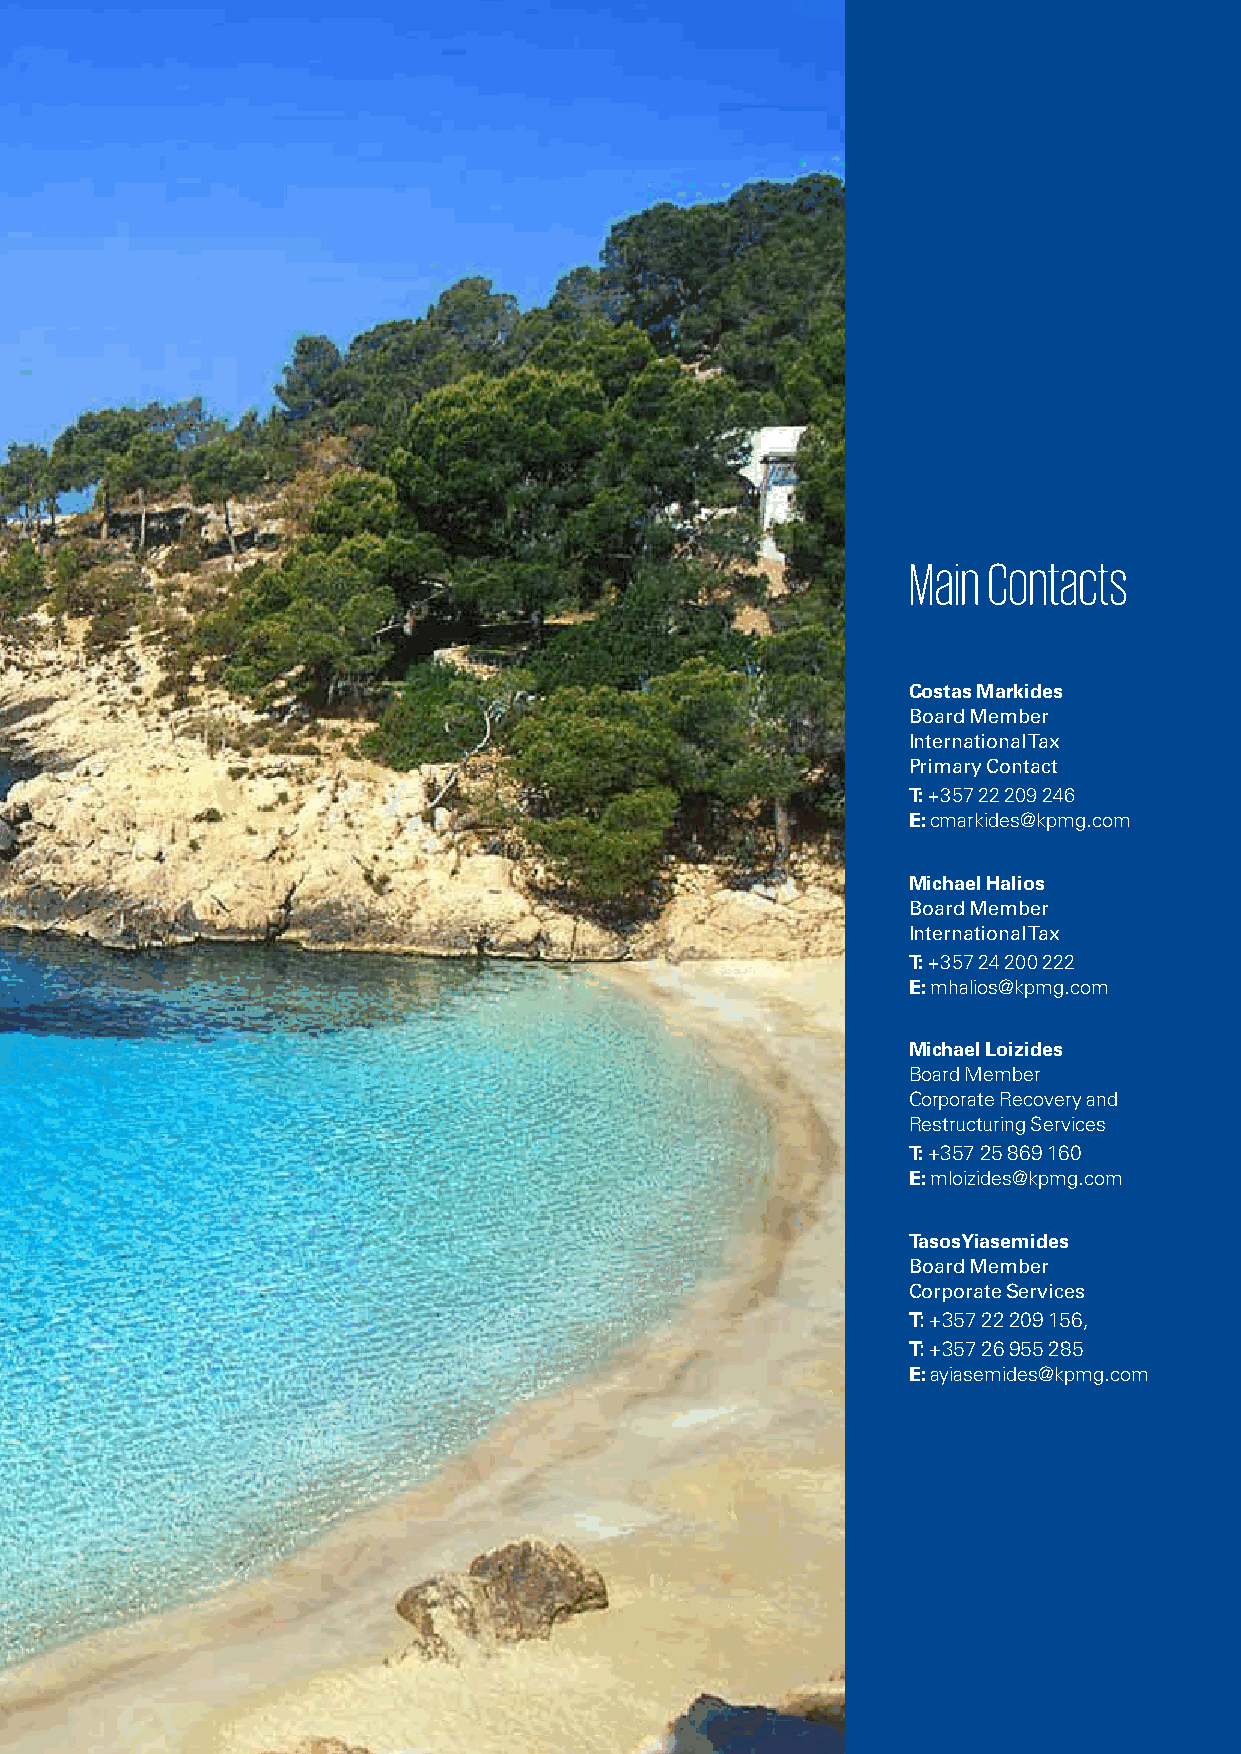
Main Contacts
 Costas Markides
 Board Member
 International Tax
 Primary Contact
 T: +357 22 209 246
 E: cmarkides@kpmg.com
 Michael Halios
 Board Member
 International Tax
 T: +357 24 200 222
 E: mhalios@kpmg.com
 Michael Loizides
 Board Member
 Corporate Recovery and
 Restructuring Services
 T: +357 25 869 160
 E: mloizides@kpmg.com
 Tasos Yiasemides
 Board Member
 Corporate Services
 T: +357 22 209 156,
 T: +357 26 955 285
 E: ayiasemides@kpmg.com
 Кипрское гражданство через инвестиции 11